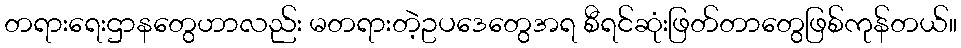
တရားရေးဌာနတွေဟာလည်း မတရားတဲ့ဥပဒေတွေအရ စီရင်ဆုံးဖြတ်တာတွေဖြစ်ကုန်တယ်။